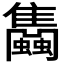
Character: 𧕣